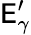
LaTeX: \mathsf{E}_{\gamma}^{\prime}